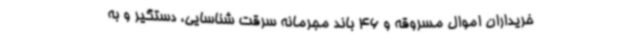
خریداران اموال مسروقه و 46 باند مجرمانه سرقت شناسایی، دستگیر و به